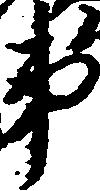
第